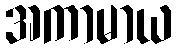
အကာမာယ